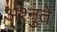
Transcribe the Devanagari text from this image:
अश्नुते